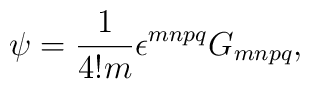
\psi = \frac{1}{4!m}\epsilon^{mnpq}G_{mnpq},